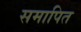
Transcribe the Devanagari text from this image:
समापित